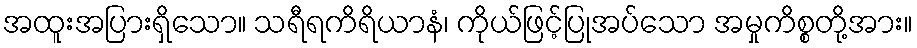
အထူးအပြားရှိသော။ သရီရကိရိယာနံ၊ ကိုယ်ဖြင့်ပြုအပ်သော အမှုကိစ္စတို့အား။